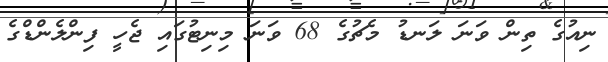
ނިއުގެ ތިން ވަނަ ލަނޑު މެޗުގެ 68 ވަނަ މިނިޓުގައި ޖެހީ ފިންލެންޑްގެ